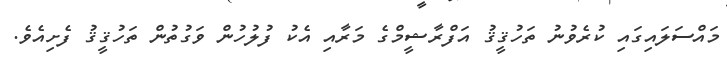
މައްސަލައިގައި ކުރެވުނު ތަހުޤީޤު އަފްރާޝީމްގެ މަރާއި އެކު ފުލުހުން ވަގުތުން ތަހުޤީޤު ފެށިއެވެ.